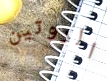
الروتين